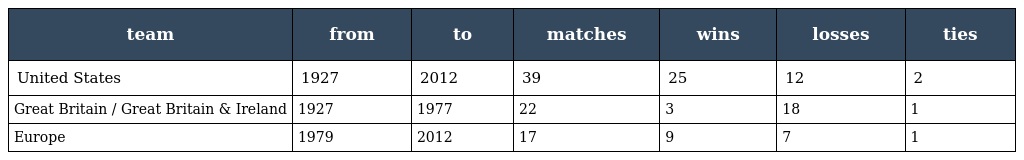
| team | from | to | matches | wins | losses | ties |
 | --- | --- | --- | --- | --- | --- | --- |
 | United States | 1927 | 2012 | 39 | 25 | 12 | 2 |
 | Great Britain / Great Britain & Ireland | 1927 | 1977 | 22 | 3 | 18 | 1 |
 | Europe | 1979 | 2012 | 17 | 9 | 7 | 1 |